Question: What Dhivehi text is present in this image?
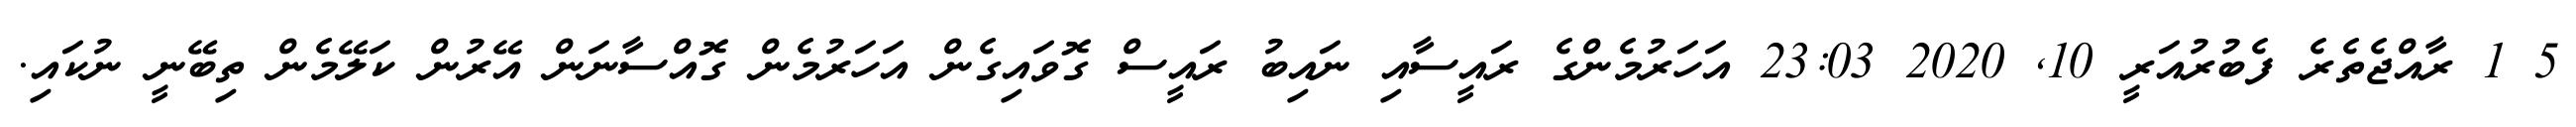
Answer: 5 1 ރާއްޖެތެރެ ފެބުރުއަރީ 10, 2020 23:03 އަހަރުމެންގެ ރައީސާއި ނައިބު ރައީސް ގޮވައިގެން އަހަރުމެން ގޮއްސާނަން އޭރުން ކަލޭމެން ތިބޭނީ ނުކައި.